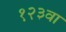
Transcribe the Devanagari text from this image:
१२३वा